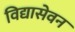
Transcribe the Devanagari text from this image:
विद्यासेवन